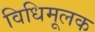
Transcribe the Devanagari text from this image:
विधिमूलक